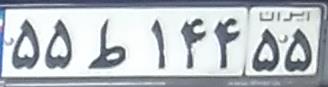
۵۵ط۱۴۴۵۵